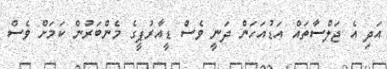
އަދި އެ ޖަލްސާތައް އަޑުއަހަން ދަނީ ވެސް ޑީއާރުޕީގެ މެންބަރުން ކަމަށް ވެސް